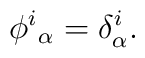
\phi^i{}_\alpha=\delta^i_\alpha.